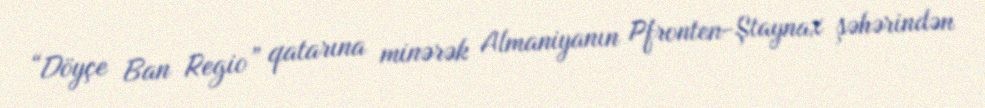
“Döyçe Ban Regio” qatarına minərək Almaniyanın Pfronten-Ştaynax şəhərindən